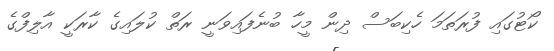
ކޯޓުގައި ފުރަތަމަ ހެކިބަސް ދިން މީހާ ބުނެފައިވަނީ ރަތް ކުލައިގެ ކާރަކީ އާލިފްގެ